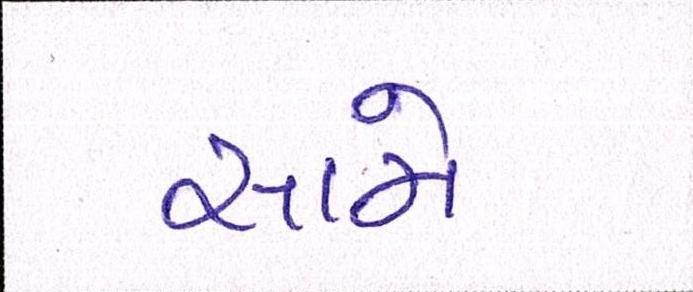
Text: સામે